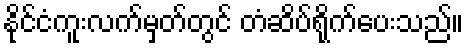
နိုင်ငံကူးလက်မှတ်တွင် တံဆိပ်ရိုက်ပေးသည်။